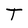
Character: T